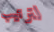
لترتيب